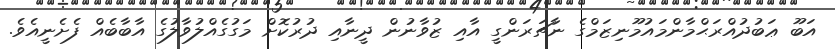
އަބޫ ޢަބުދުއްރަޙްމާންމައުމޫނިޒަމްގެ ނާޗަރަންގީ އާއި ޒުވާނުން ދީނާއި ދުރުކޮށް މަގުގެއްލުވާލުުގެ އާބާބެއް ފެށެނީއެވެ.